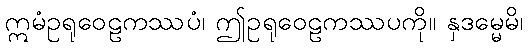
ဣမံဥရုဝေဠကဿပံ၊ ဤဥရုဝေဠကဿပကို။ နှဒမ္မေမိ၊